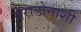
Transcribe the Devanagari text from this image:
मॅराडोनाशी